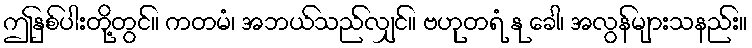
ဤနှစ်ပါးတို့တွင်။ ကတမံ၊ အဘယ်သည်လျှင်။ ဗဟုတရံ နု ခေါ၊ အလွန်များသနည်း။